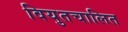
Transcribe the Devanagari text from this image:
वियुतचालित